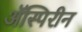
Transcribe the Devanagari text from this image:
ॲस्पिरीन